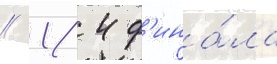
/ 1/ 4 ф'ина́ла